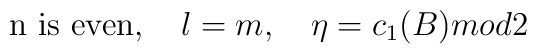
\mbox{n is even},  \quad \l = m, \quad \eta = c_1(B) mod 2